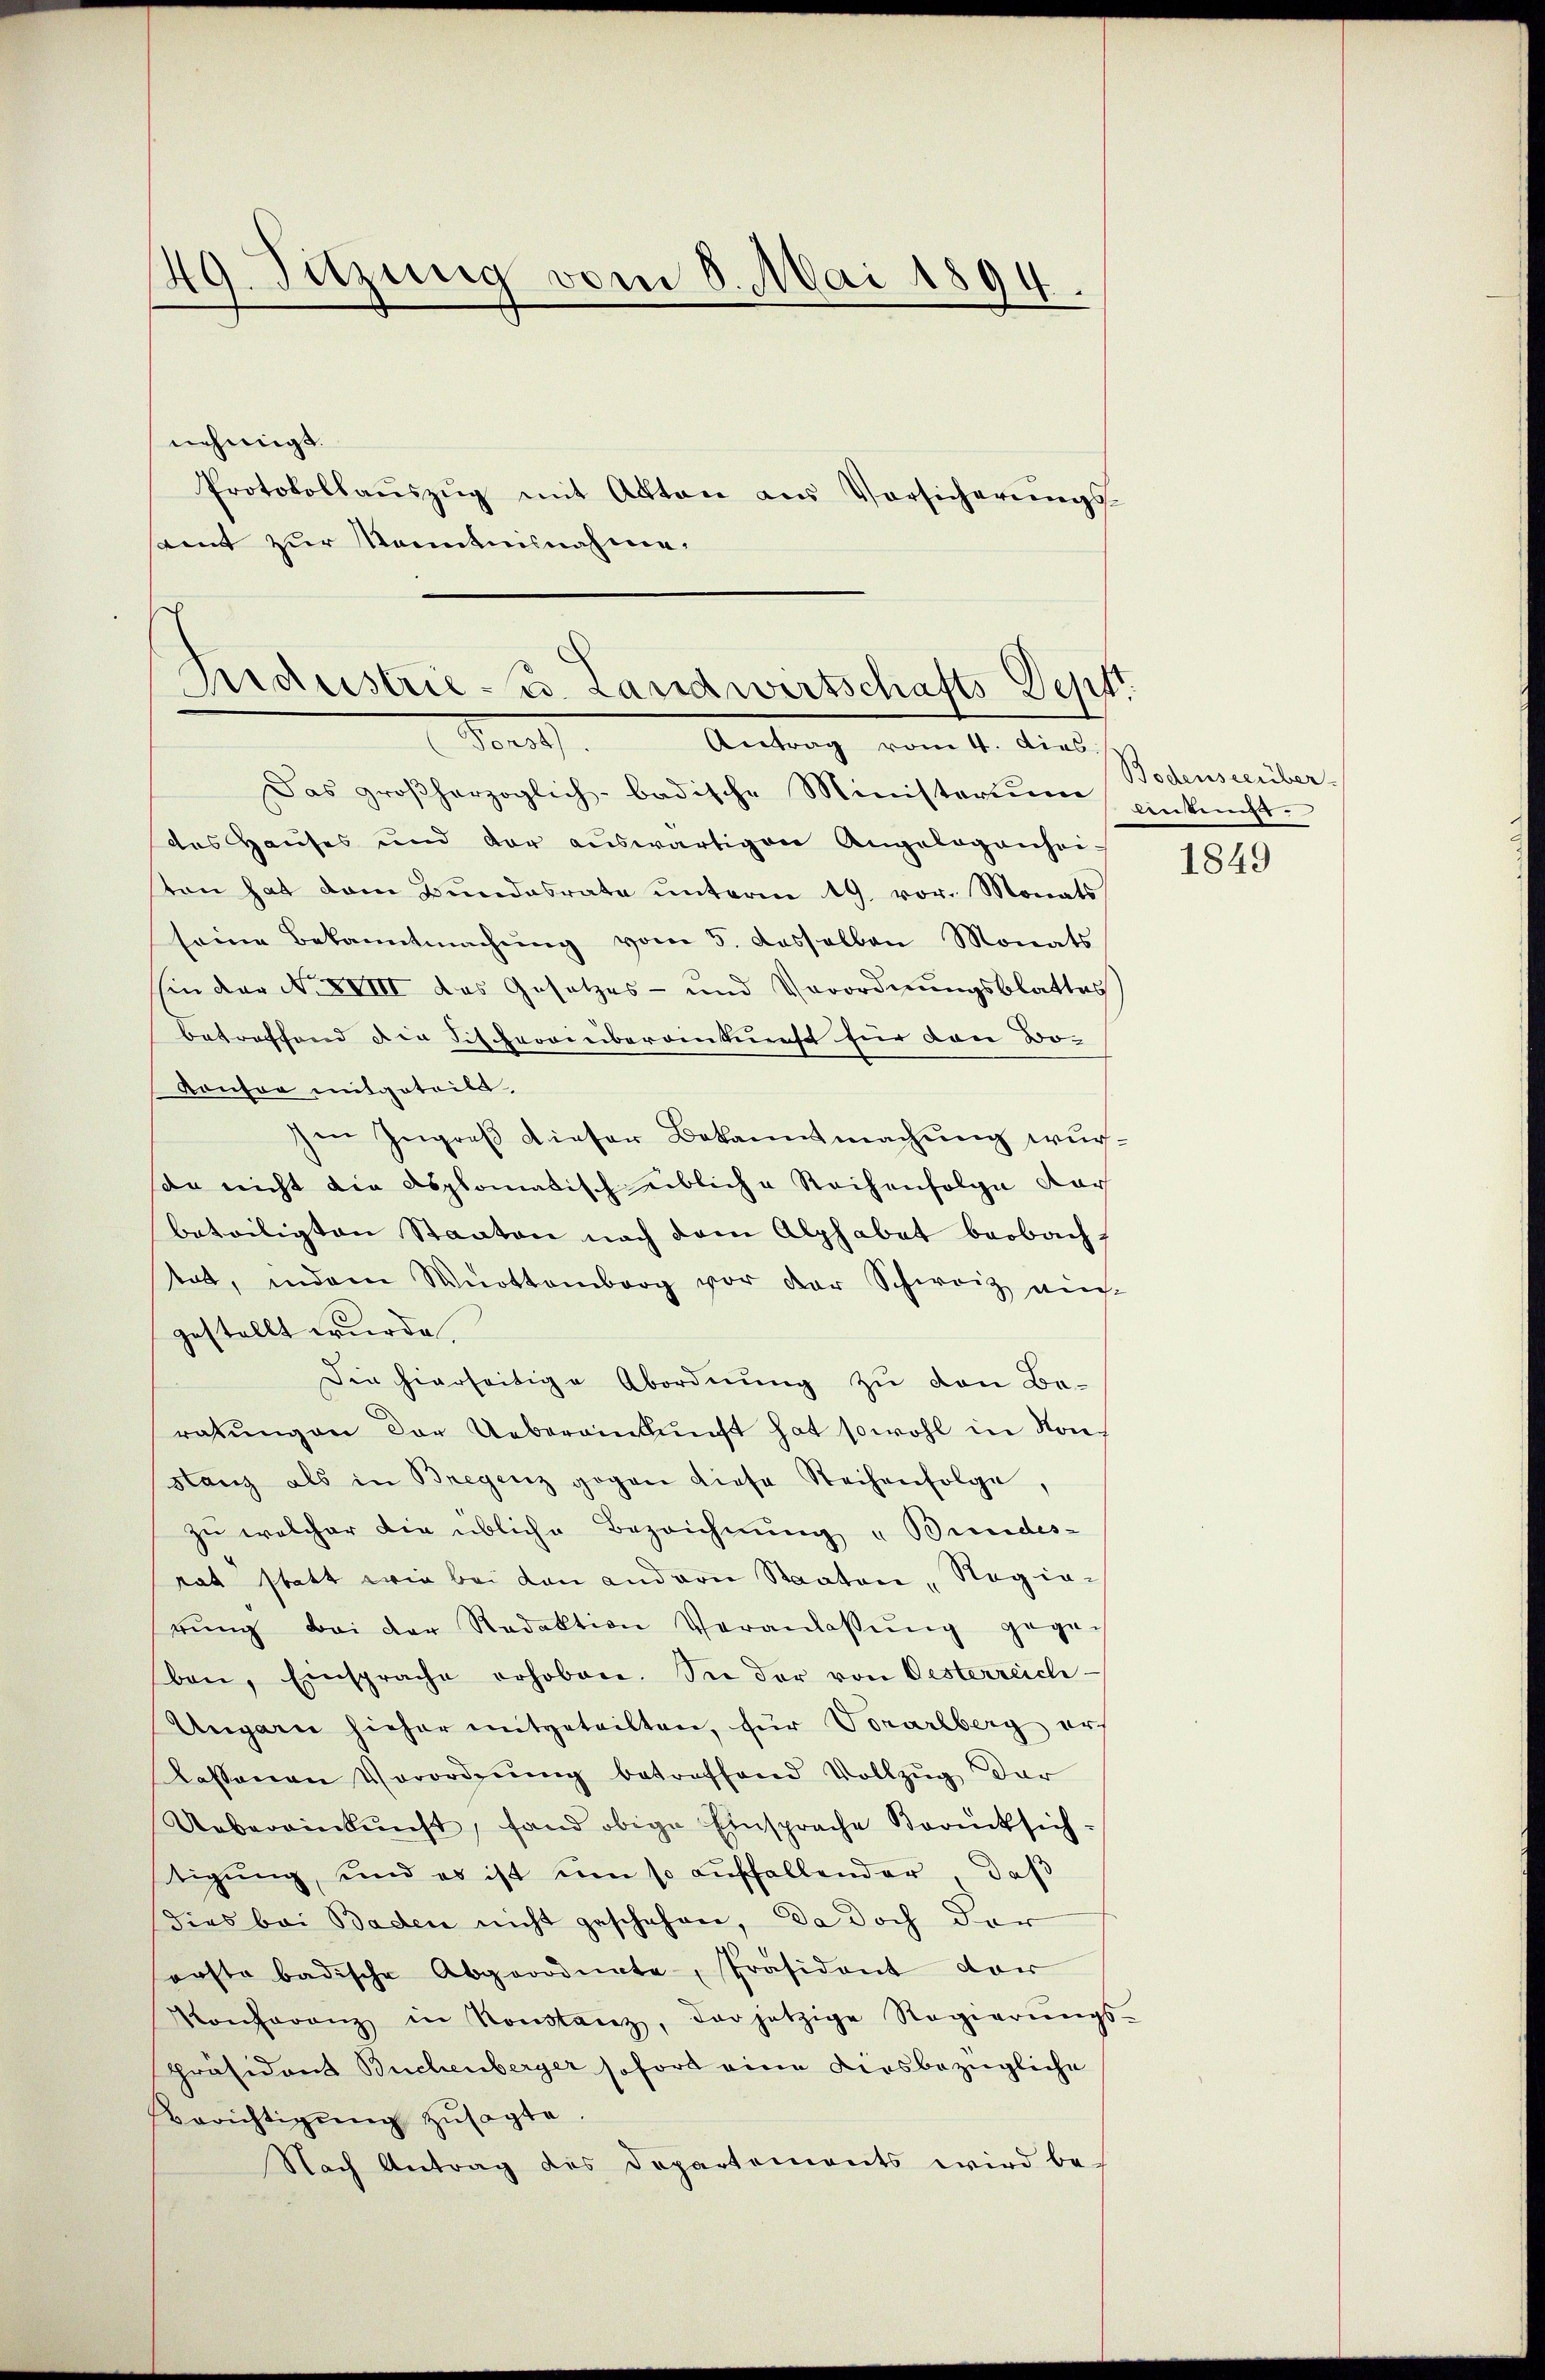
49. Sitzung vom 8. Mai 1894.
nehmigt.

Protokollaŭszŭg mit Akten aus Vorsicherŭngs-
tent zur Kenntnisnahme.

s
Pndustrie- u. Landwirtschafts Depft.
Pont

Antrag vom 4. dies
Das großherzoglich-badische Ministerium einkunftdes Hauses und der auswärtigen Angelegenhei-
ton hat dem Bundesrate unterm 19. vor. Monats
seine Bekanntmachung vom 5. dasselben Monats
hin der N. XVIII des Gesetzes- und Verordnŭngsblattes
betreffend die Fischerwerbereinkunft für den Bo-
Konson mitgeteilt.
Im Ingreß dieser Bekanntmachung wurson nicht die Asplomatisch übliche Reihenfolge dar
beteiligten Staaten nach dem Alphabat beobach
tat, indem Werttemberg vor der Schweiz nich
gestellt wurde.
Die hierseitige Abordnung zu den Be-
ratŭngen der Uebereinkunft hat sowohl in Kon-
stanz als in Bregenz gegen diese Reihenfolge
zu welcher die übliche Bezeichnung „Bundes-
tat statt wie bei den andern Staaten, Regierŭng bei der Redaktion Veranlassŭng gegen
ben, Einsprache erhobene. Sie der von Oesterreich-
Ungarn hieher mitgeteilten, für Vorarlberg ers
lassenen Verordnŭng betreffend Vollzŭg dar
Uebereinkunft, fand obige Einsprache Berücksich-
tigung, und es ist um so auffallender, daß
dies bei Baden nicht geschehen, da doch der
orste badische Abgeordnete, Präsident der
Konferenz in Konstanz, der jetzige Regierŭngs-
Präsident Buchenberger sofort eine diesbezügliche
Berichtigŭng zusagte.
Nach Antrag des Departements wird be-

Bodensee über.
1849